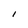
Character: l